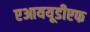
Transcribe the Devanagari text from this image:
एआययूडीएफ